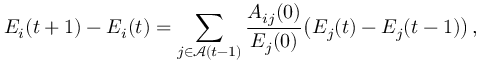
E _ { i } ( t + 1 ) - E _ { i } ( t ) = \sum _ { j \in \mathcal { A } ( t - 1 ) } \frac { A _ { i j } ( 0 ) } { E _ { j } ( 0 ) } \big ( E _ { j } ( t ) - E _ { j } ( t - 1 ) \big ) \, ,